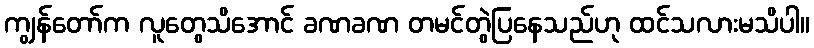
ကျွန်တော်က လူတွေသိအောင် ခဏခဏ တမင်တွဲပြနေသည်ဟု ထင်သလားမသိပါ။